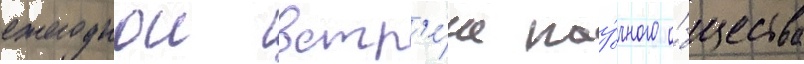
ежегоднои встр'е́че нау́чного о́бщества